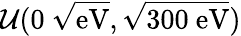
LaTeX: \mathcal{U}(0~\sqrt{\mathrm{eV}},\sqrt{300~\mathrm{eV}})